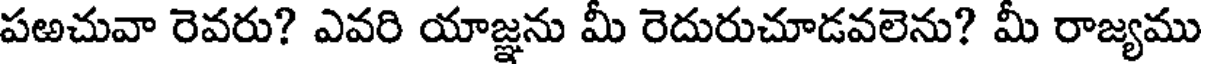
పఱచువా రెవరు? ఎవరి యాజ్ఞను మీ రెదురుచూడవలెను? మీ రాజ్యము